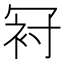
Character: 𠖌